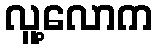
လူ့လောက